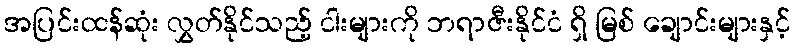
အပြင်းထန်ဆုံး လွှတ်နိုင်သည့် ငါးများကို ဘရာဇီးနိုင်ငံ ရှိ မြစ် ချောင်းများနှင့်